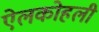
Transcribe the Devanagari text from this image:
ऐलकोहली